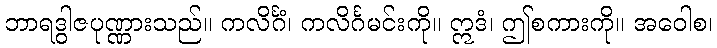
ဘာရဒွါဇပုဏ္ဏားသည်။ ကလိင်္ဂံ၊ ကလိင်္ဂမင်းကို။ ဣဒံ၊ ဤစကားကို။ အဝေါစ၊